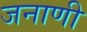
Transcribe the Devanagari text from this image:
जनाणी